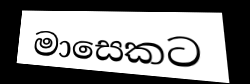
මාසෙකට